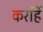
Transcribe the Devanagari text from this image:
करहिं